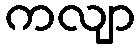
ကလျာ